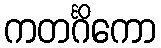
ကတင်္ဂိကော